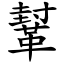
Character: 鞤